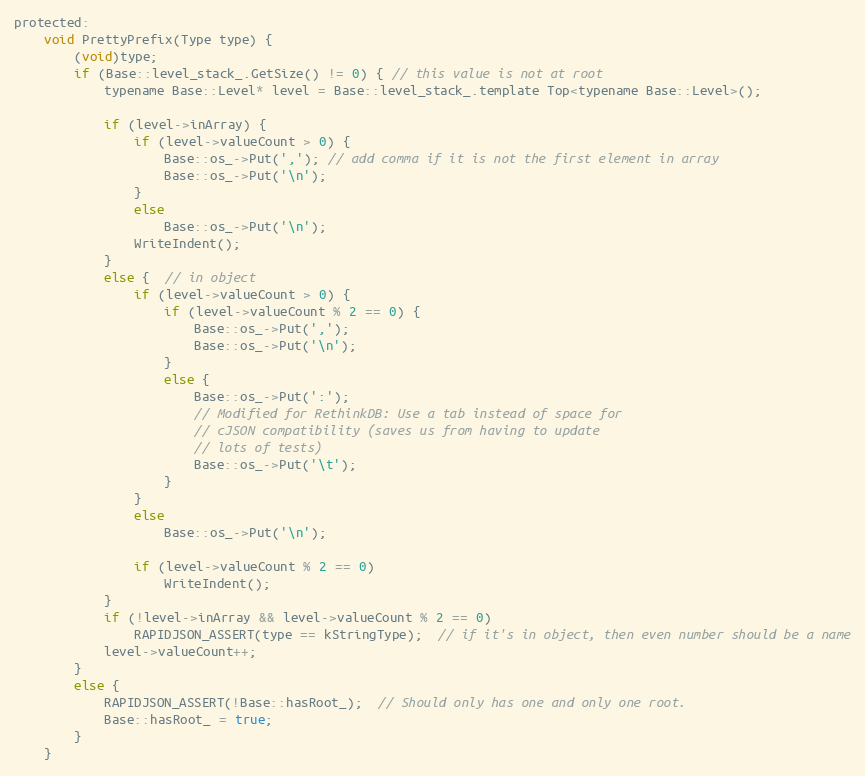
Language: C
protected:
    void PrettyPrefix(Type type) {
        (void)type;
        if (Base::level_stack_.GetSize() != 0) { // this value is not at root
            typename Base::Level* level = Base::level_stack_.template Top<typename Base::Level>();

            if (level->inArray) {
                if (level->valueCount > 0) {
                    Base::os_->Put(','); // add comma if it is not the first element in array
                    Base::os_->Put('\n');
                }
                else
                    Base::os_->Put('\n');
                WriteIndent();
            }
            else {  // in object
                if (level->valueCount > 0) {
                    if (level->valueCount % 2 == 0) {
                        Base::os_->Put(',');
                        Base::os_->Put('\n');
                    }
                    else {
                        Base::os_->Put(':');
                        // Modified for RethinkDB: Use a tab instead of space for
                        // cJSON compatibility (saves us from having to update
                        // lots of tests)
                        Base::os_->Put('\t');
                    }
                }
                else
                    Base::os_->Put('\n');

                if (level->valueCount % 2 == 0)
                    WriteIndent();
            }
            if (!level->inArray && level->valueCount % 2 == 0)
                RAPIDJSON_ASSERT(type == kStringType);  // if it's in object, then even number should be a name
            level->valueCount++;
        }
        else {
            RAPIDJSON_ASSERT(!Base::hasRoot_);  // Should only has one and only one root.
            Base::hasRoot_ = true;
        }
    }